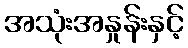
အသုံးအနှုန်းနှင့်